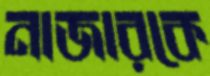
নাজারকে